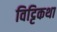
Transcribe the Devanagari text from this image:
विट्टिकथा